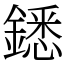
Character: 鏭